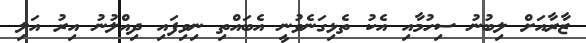
ޒާރާއަށް ލިބުނު ސިހުމާއި އެކު ތެޅިގަނެވުނީ އެބައްތި ނިވިފައި ދިއްލުނު އިރު އަލި